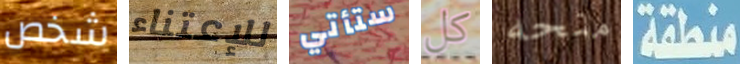
شخص للإعتناء ستأتي كل منحه منطقة